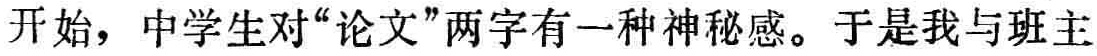
开始，中学生对“论文”两字有一种神秘感。于是我与班主